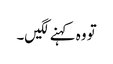
تو وہ کہنے لگیں۔